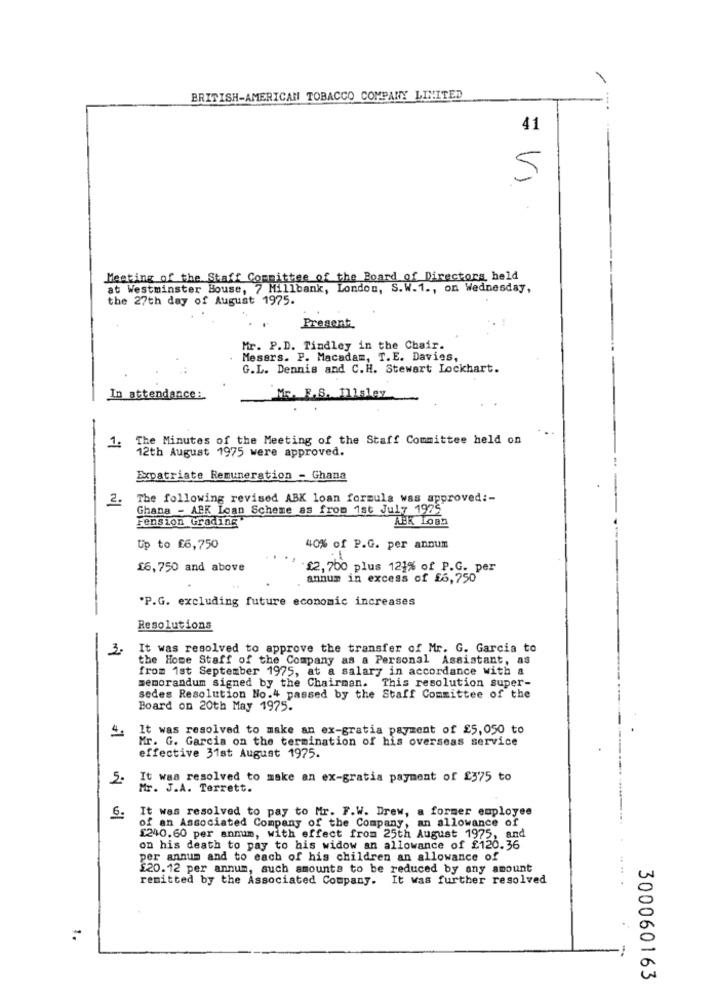
BRITISH-AMERICAN TOBACCO COMPANY LIMITED
41
5
Meeting of the Staff Committee of the Board of Directors held
at Westminster House, 7 Millbank, London, S.W.1 ., on Wednesday,
the 27th day of August 1975.
Pregent
Mr. P.D. Tindley in the Chair.
Messrs. P. Macadam, T.E. Davies,
G.L. Dennis and C.H. Stewart Lockhart.
In attendance:
Mr. F.S. 111sley
The Minutes of the Meeting of the Staff Committee held on
12th August 1975 were approved.
..
Expatriate Remuneration - Ghana
2.
The following revised ABK loan formula was approved :-
Ghana - ABK Loan Scheme as from 1st July 1975
Fension Grading
ABK Loan
Up to £6,750
40% of P.G. per annum
£6,750 and above
£2, 700 plus 121% of P.G. per
annum in excess of £6,750
"P.G. excluding future economic increases
Resolutions
3.
It was resolved to approve the transfer of Mr. G. Garcia to
the Home Staff of the Company as a Personal Assistant, as
from 1st September 1975, at a salary in accordance with a
memorandum signed by the Chairman. This resolution super-
sedes Resolution No.4 passed by the Staff Committee of the
Board on 20th May 1975.
4.
It was resolved to make an ex-gratia payment of £5,050 to
Mr. G. Garcia on the termination of his overseas service
effective 31st August 1975.
5.
It was resolved to make an ex-gratia payment of £375 to
Mr. J.A. Terrett.
It was resolved to pay to Mr. F.W. Drew, a former employee
6:
of an Associated Company of the Company, an allowance of
£240.60 per annum, with effect from 25th August 1975, and
on his death to pay to his widow an allowance of £120.36
per annum and to each of his children an allowance of
£20.12 per annum, such amounts to be reduced by any amount
remitted by the Associated Company. It was further resolved
.....
1.
300060163